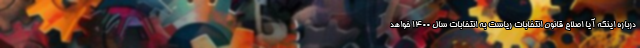
درباره اینکه آیا اصلاح قانون انتخابات ریاست به انتخابات سال ۱۴۰۰ خواهد